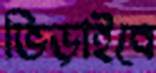
ভিড়াইবে